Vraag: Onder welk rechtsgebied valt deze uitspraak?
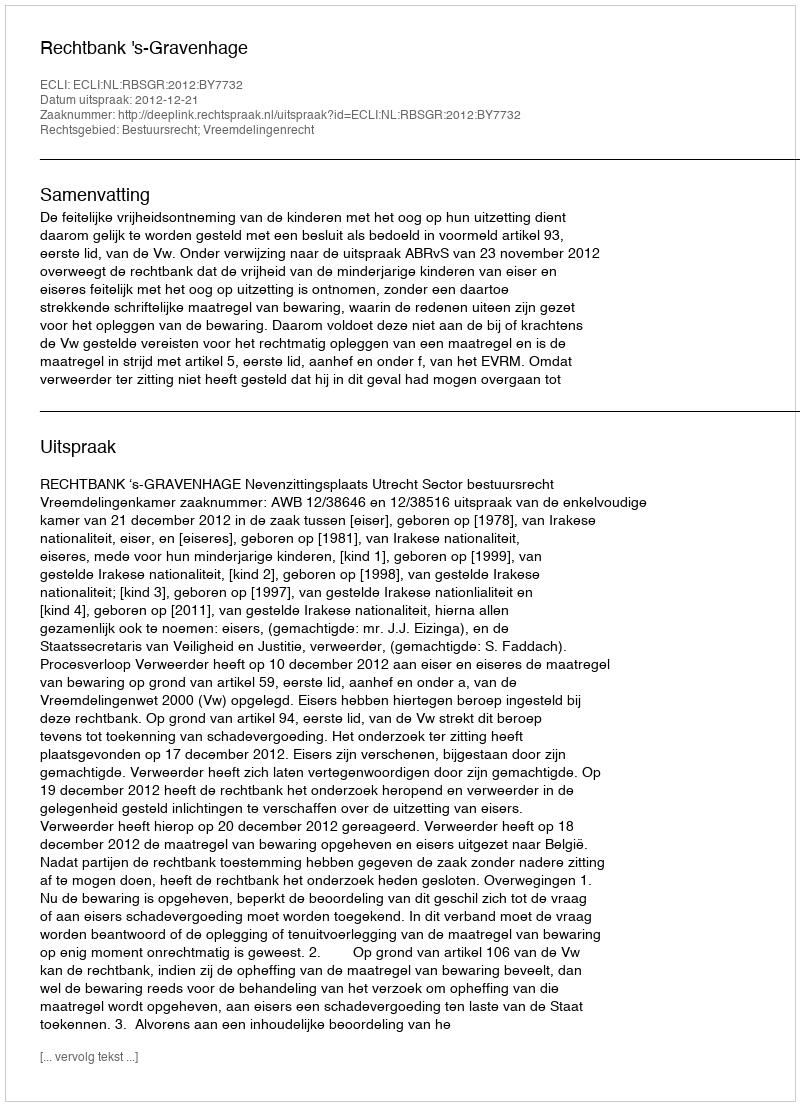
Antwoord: Bestuursrecht; Vreemdelingenrecht